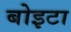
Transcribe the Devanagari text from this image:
बोइटा